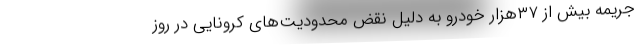
جریمه بیش از ۳۷هزار خودرو به دلیل نقض محدودیت‌های کرونایی در روز